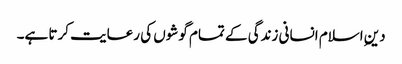
دین ِاسلام انسانی زندگی کے تمام گوشوں کی رعایت کرتا ہے۔